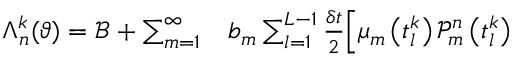
\begin{array} { r l } { \Lambda _ { n } ^ { k } ( \vartheta ) = \mathcal { B } + \sum _ { m = 1 } ^ { \infty } } & { { } b _ { m } \sum _ { l = 1 } ^ { L - 1 } \frac { \delta t } { 2 } \Big [ \mu _ { m } \left( t _ { l } ^ { k } \right) \mathcal { P } _ { m } ^ { n } \left( t _ { l } ^ { k } \right) } \end{array}